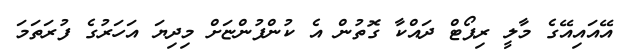
އޭއައިއޭގެ މާލީ ރިޕޯޓް ދައްކާ ގޮތުން އެ ކުންފުންޏަށް މިދިޔަ އަހަރުގެ ފުރަތަމަ